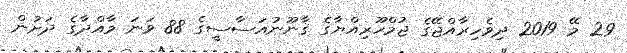
29 މޭ 2019 ދިވެހިރާއްޖޭގެ ޖުމްހޫރިއްޔާގެ ޤާނޫނުއަސާސީގެ 88 ވަނަ މާއްދާގެ ދަށުން